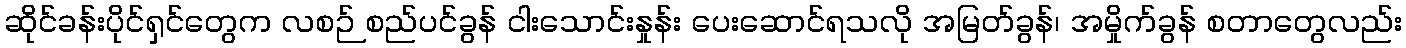
ဆိုင်ခန်းပိုင်ရှင်တွေက လစဉ် စည်ပင်ခွန် ငါးသောင်းနှုန်း ပေးဆောင်ရသလို အမြတ်ခွန်၊ အမှိုက်ခွန် စတာတွေလည်း